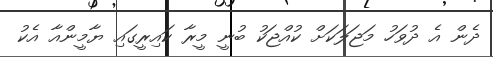
ދެން އެ ދުވަހު މަޖަލަކަށް ކުއްޖަކު ބުނީ މީރާ ކައިރީގައި ޔާމީންއާ އެކު